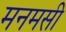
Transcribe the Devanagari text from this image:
मनमसी